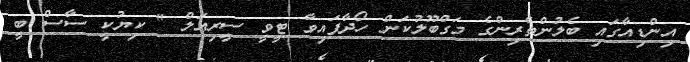
އިންޑިއާގައި ބެލުންތެރިންގެ މަގްބޫލުކަން ހޯދާފައިވާ ޓީވީ ސީރިއަލް " ކިޔުކީ ސާސް ބީ